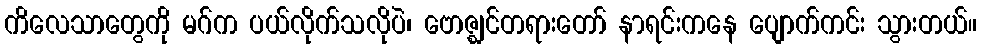
ကိလေသာတွေကို မဂ်က ပယ်လိုက်သလိုပဲ၊ ဗောဇ္ဈင်တရားတော် နာရင်းကနေ ပျောက်ကင်း သွားတယ်။